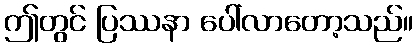
ဤတွင် ပြဿနာ ပေါ်လာတော့သည်။